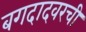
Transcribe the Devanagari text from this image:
बगदादवरची